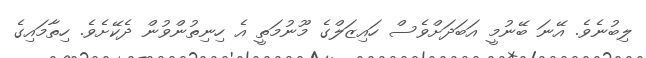
ލިބުނެވެ. އޭނަ ބޭނުމީ އަބަދަށްވެސް ހައިޒަލްގެ މޫނުމަތީ އެ ހިނިތުންވުން ދެކޭށެވެ. ހިތާމައިގެ